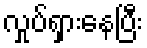
လှုပ်ရှားနေပြီး